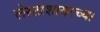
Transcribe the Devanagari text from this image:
लेस्टरशायरच्या